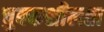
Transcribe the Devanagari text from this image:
चुबकशीलता